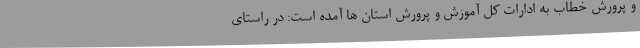
و پرورش خطاب به ادارات کل آموزش و پرورش استان ها آمده است: در راستای